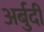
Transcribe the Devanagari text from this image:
अर्बुदी